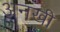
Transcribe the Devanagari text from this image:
अनखी